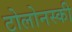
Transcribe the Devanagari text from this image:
टोलोनस्की